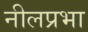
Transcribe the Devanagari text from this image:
नीलप्रभा